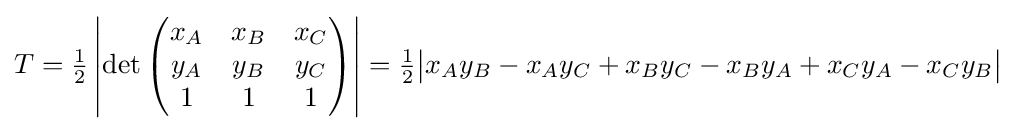
T={\tfrac {1}{2}}\left|\det {\begin{pmatrix}x_{A}&x_{B}&x_{C}\\y_{A}&y_{B}&y_{C}\\1&1&1\end{pmatrix}}\right|={\tfrac {1}{2}}{\big |}x_{A}y_{B}-x_{A}y_{C}+x_{B}y_{C}-x_{B}y_{A}+x_{C}y_{A}-x_{C}y_{B}{\big |}